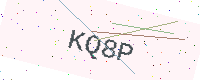
Text: KQ8P